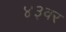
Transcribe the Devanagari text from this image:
४३वर